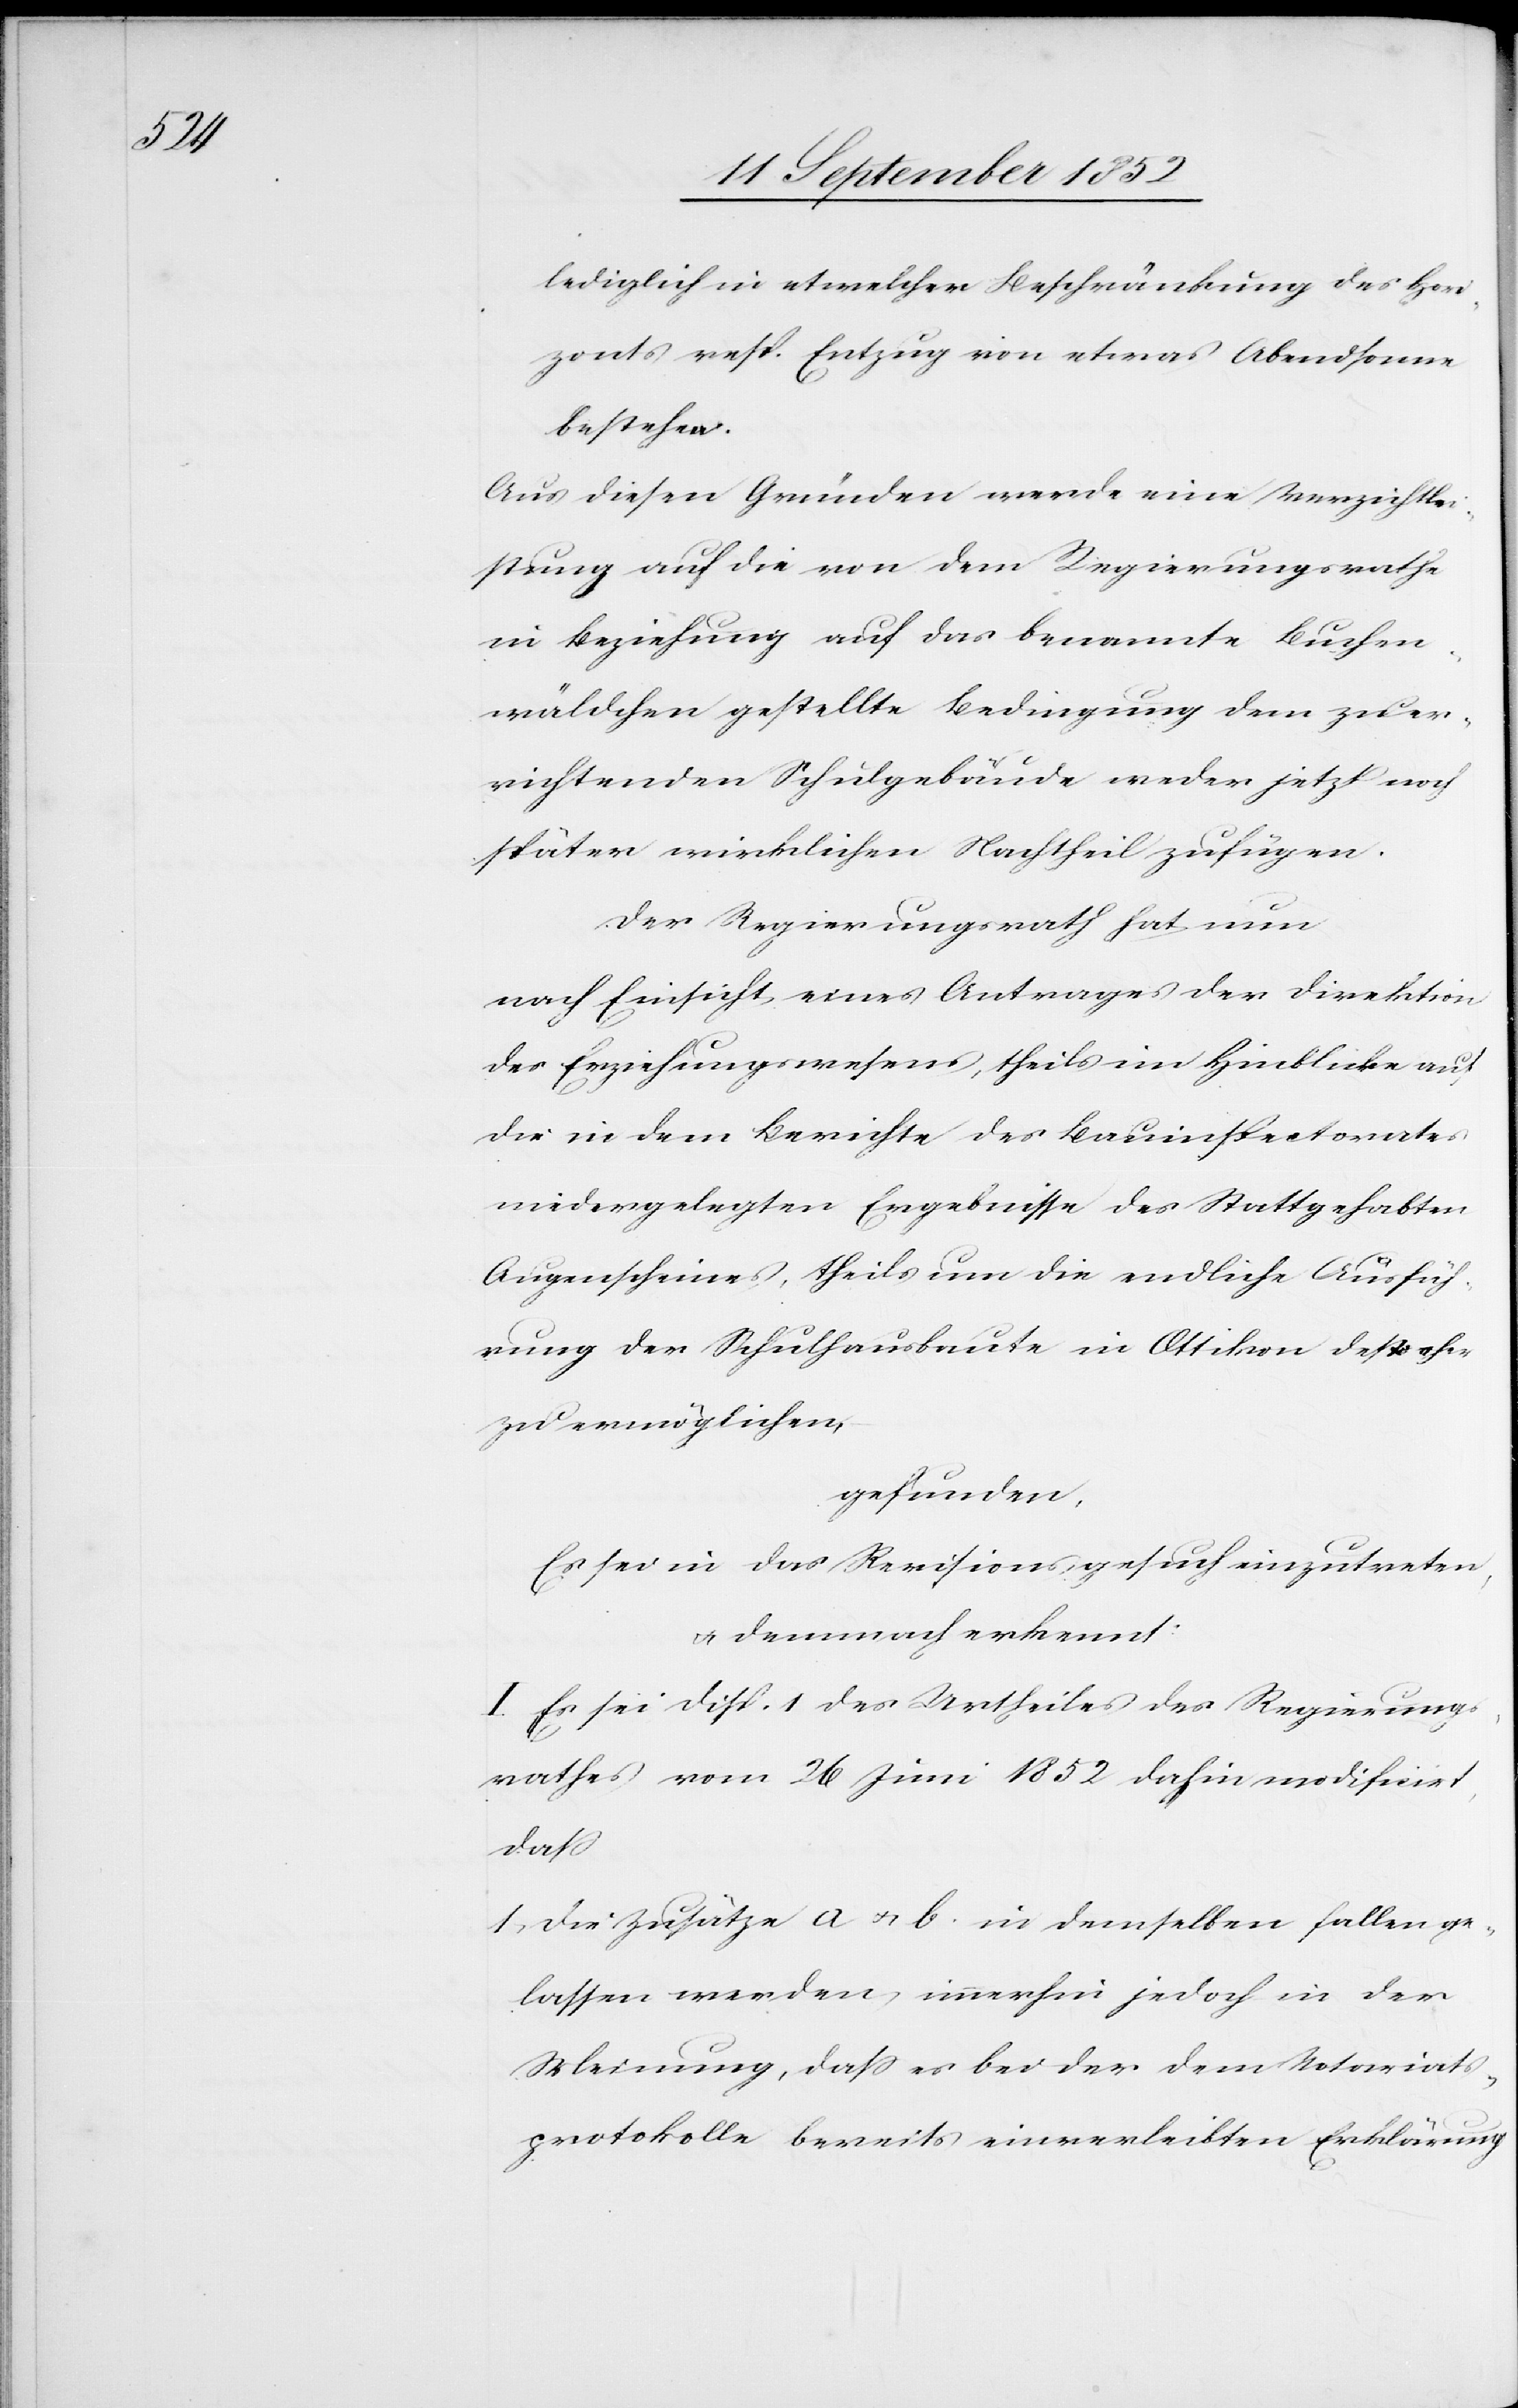
lediglich in etwelcher Beschränkung des Hori¬
zonts resp. Entzug von etwas Abendsonne
bestehen.
Aus diesen Gründen werde eine Verzichtlei¬
stung auf die von dem Regierungsrathe
in Beziehung auf das benannte Buchen¬
wäldchen gestellte Bedingung dem zu er¬
richtenden Schulgebäude weder jetzt noch
später wirklichen Nachtheil zufügen.
Der Regierungsrath hat nun
nach Einsicht eines Antrages der Direktion
des Erziehungswesens, theils im Hinblicke auf
die in dem Berichte des Bauinspectorates
niedergelegten Ergebnisse des Stattgehabten
Augenscheines, theils um die endliche Ausfüh¬
rung der Schulhausbaute in Ottikon desto eher
zu ermöglichen,
gefunden,
Es sei in das Revisionsgesuch einzutreten,
& demnach erkennt:
I. Es sei Disp. 1 des Urtheiles des Regierungs¬
rathes vom 26 Juni 1852 dahin modificirt,
dass
die Zusätze a & b. in demselben fallen ge¬
lassen werden, immerhin jedoch in der
Meinung, dass es bei der dem Notariats¬
protokolle bereits einverleibten Erklärung